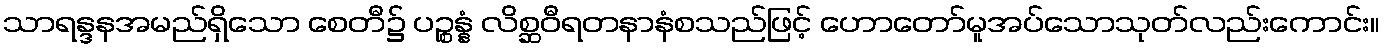
သာရန္ဒနအမည်ရှိသော စေတီ၌ ပဉ္စန္နံ လိစ္ဆဝီရတနာနံစသည်ဖြင့် ဟောတော်မူအပ်သောသုတ်လည်းကောင်း။